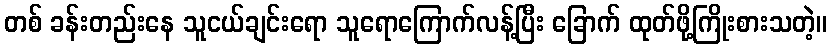
တစ် ခန်းတည်းနေ သူငယ်ချင်းရော သူရောကြောက်လန့်ပြီး ခြောက် ထုတ်ဖို့ကြိုးစားသတဲ့။